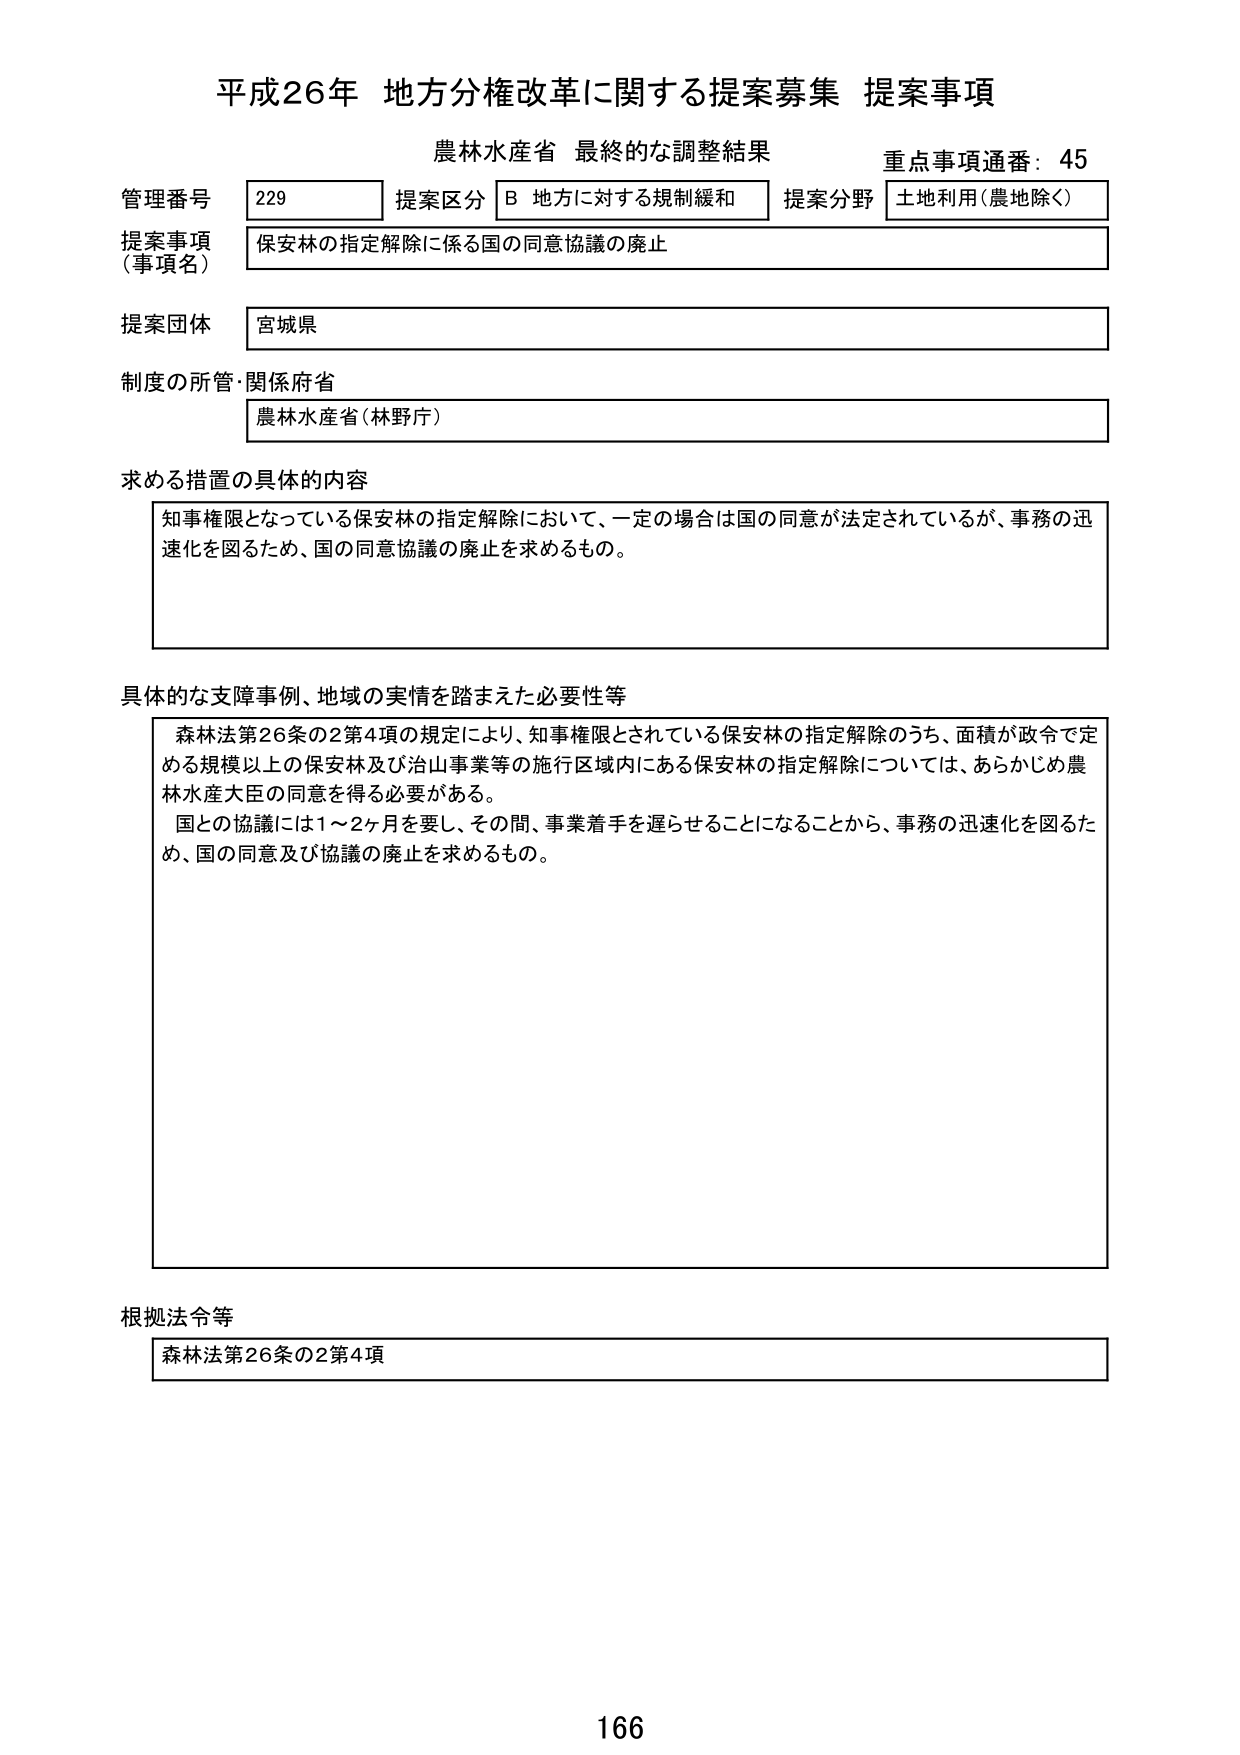
平成26年 地方分権改革に関する提案募集 提案事項
農林水産省 最終的な調整結果
重点事項通番：45

管理番号 229
提案区分 B 地方に対する規制緩和
提案分野 土地利用（農地除く）

提案事項（事項名）
保安林の指定解除に係る国の同意協議の廃止

提案団体
宮城県

制度の所管・関係府省
農林水産省（林野庁）

求める措置の具体的内容
知事権限となっている保安林の指定解除において、一定の場合は国の同意が法定されているが、事務の迅速化を図るため、国の同意協議の廃止を求めるもの。

具体的な支障事例、地域の実情を踏まえた必要性等
森林法第26条の2第4項の規定により、知事権限とされている保安林の指定解除のうち、面積が政令で定める規模以上の保安林及び治山事業等の施行区域内にある保安林の指定解除については、あらかじめ農林水産大臣の同意を得る必要がある。
国との協議には1～2ヶ月を要し、その間、事業着手を遅らせることになることから、事務の迅速化を図るため、国の同意及び協議の廃止を求めるもの。

根拠法令等
森林法第26条の2第4項

166